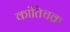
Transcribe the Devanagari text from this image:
कांतिचक्र